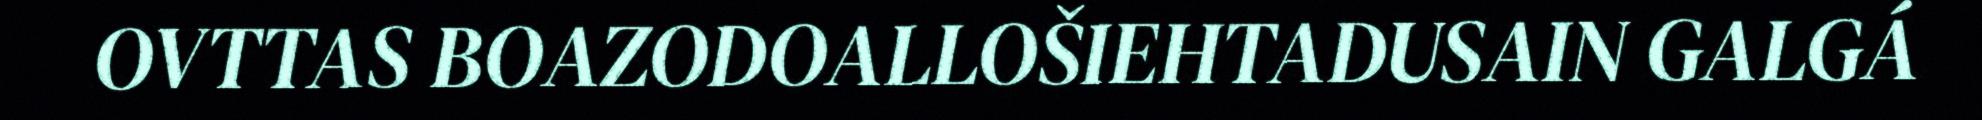
OVTTAS BOAZODOALLOŠIEHTADUSAIN GALGÁ